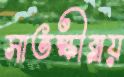
সাতক্ষীরায়